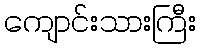
ကျောင်းသားကြီး